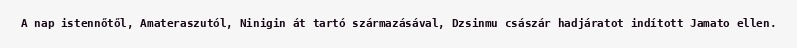
A nap istennőtől, Amateraszutól, Ninigin át tartó származásával, Dzsinmu császár hadjáratot indított Jamato ellen.